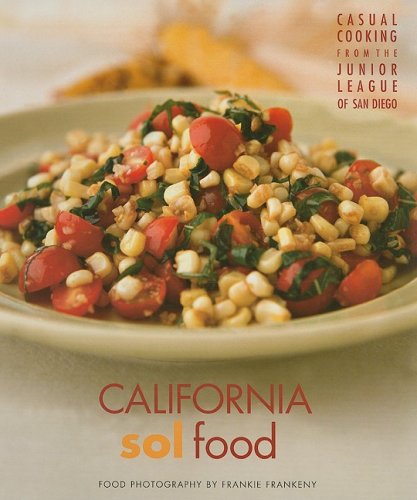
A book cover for California Sol Food Casual Cooking from the Junior League of San Diego: Food photography by Frankie Frankeny; Junior League of San Diego; Cookbooks, Food & Wine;